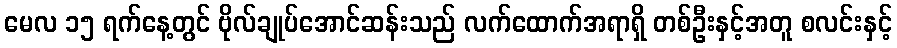
မေလ ၁၅ ရက်နေ့တွင် ဗိုလ်ချုပ်အောင်ဆန်းသည် လက်ထောက်အရာရှိ တစ်ဦးနှင့်အတူ စလင်းနှင့်